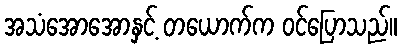
အသံအောအောနှင့် တယောက်က ဝင်ပြောသည်။